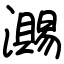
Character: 瀃